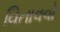
વિતાવવો